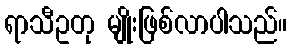
ရာသီဥတု မျိုးဖြစ်လာပါသည်။